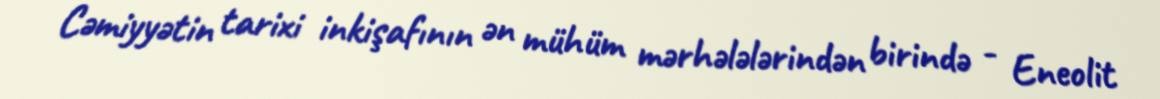
Cəmiyyətin tarixi inkişafının ən mühüm mərhələlərindən birində - Eneolit